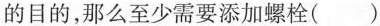
的目的，那么至少需要添加螺栓( )